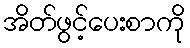
အိတ်ဖွင့်ပေးစာကို